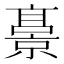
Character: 𫢁